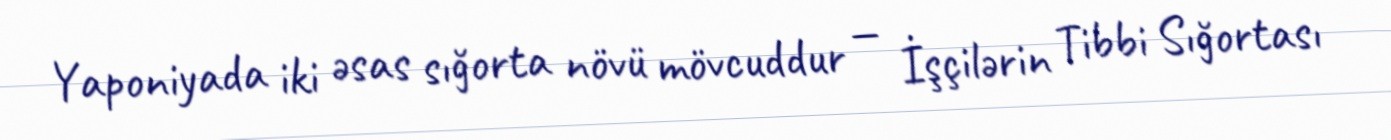
Yaponiyada iki əsas sığorta növü mövcuddur — İşçilərin Tibbi Sığortası